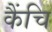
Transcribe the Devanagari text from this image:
कैंचि